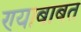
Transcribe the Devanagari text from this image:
ण्याबाबत